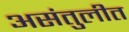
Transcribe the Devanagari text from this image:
असंतुलीत